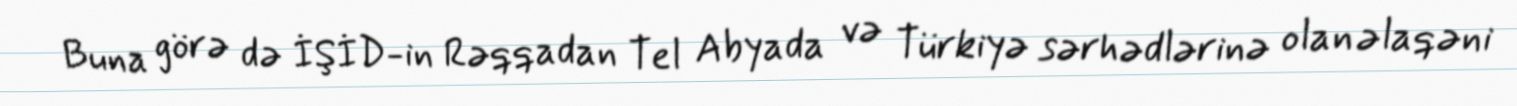
Buna görə də İŞİD-in Rəqqadan Tel Abyada və Türkiyə sərhədlərinə olan əlaqəni